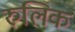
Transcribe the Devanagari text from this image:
रुलिक